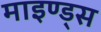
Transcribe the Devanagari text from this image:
माइण्ड्स